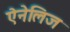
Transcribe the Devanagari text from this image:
ऐनेलिज